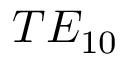
T E _ { 1 0 }